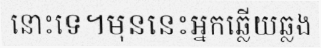
នោះទេ។មុននេះអ្នកឆ្លើយឆ្លង